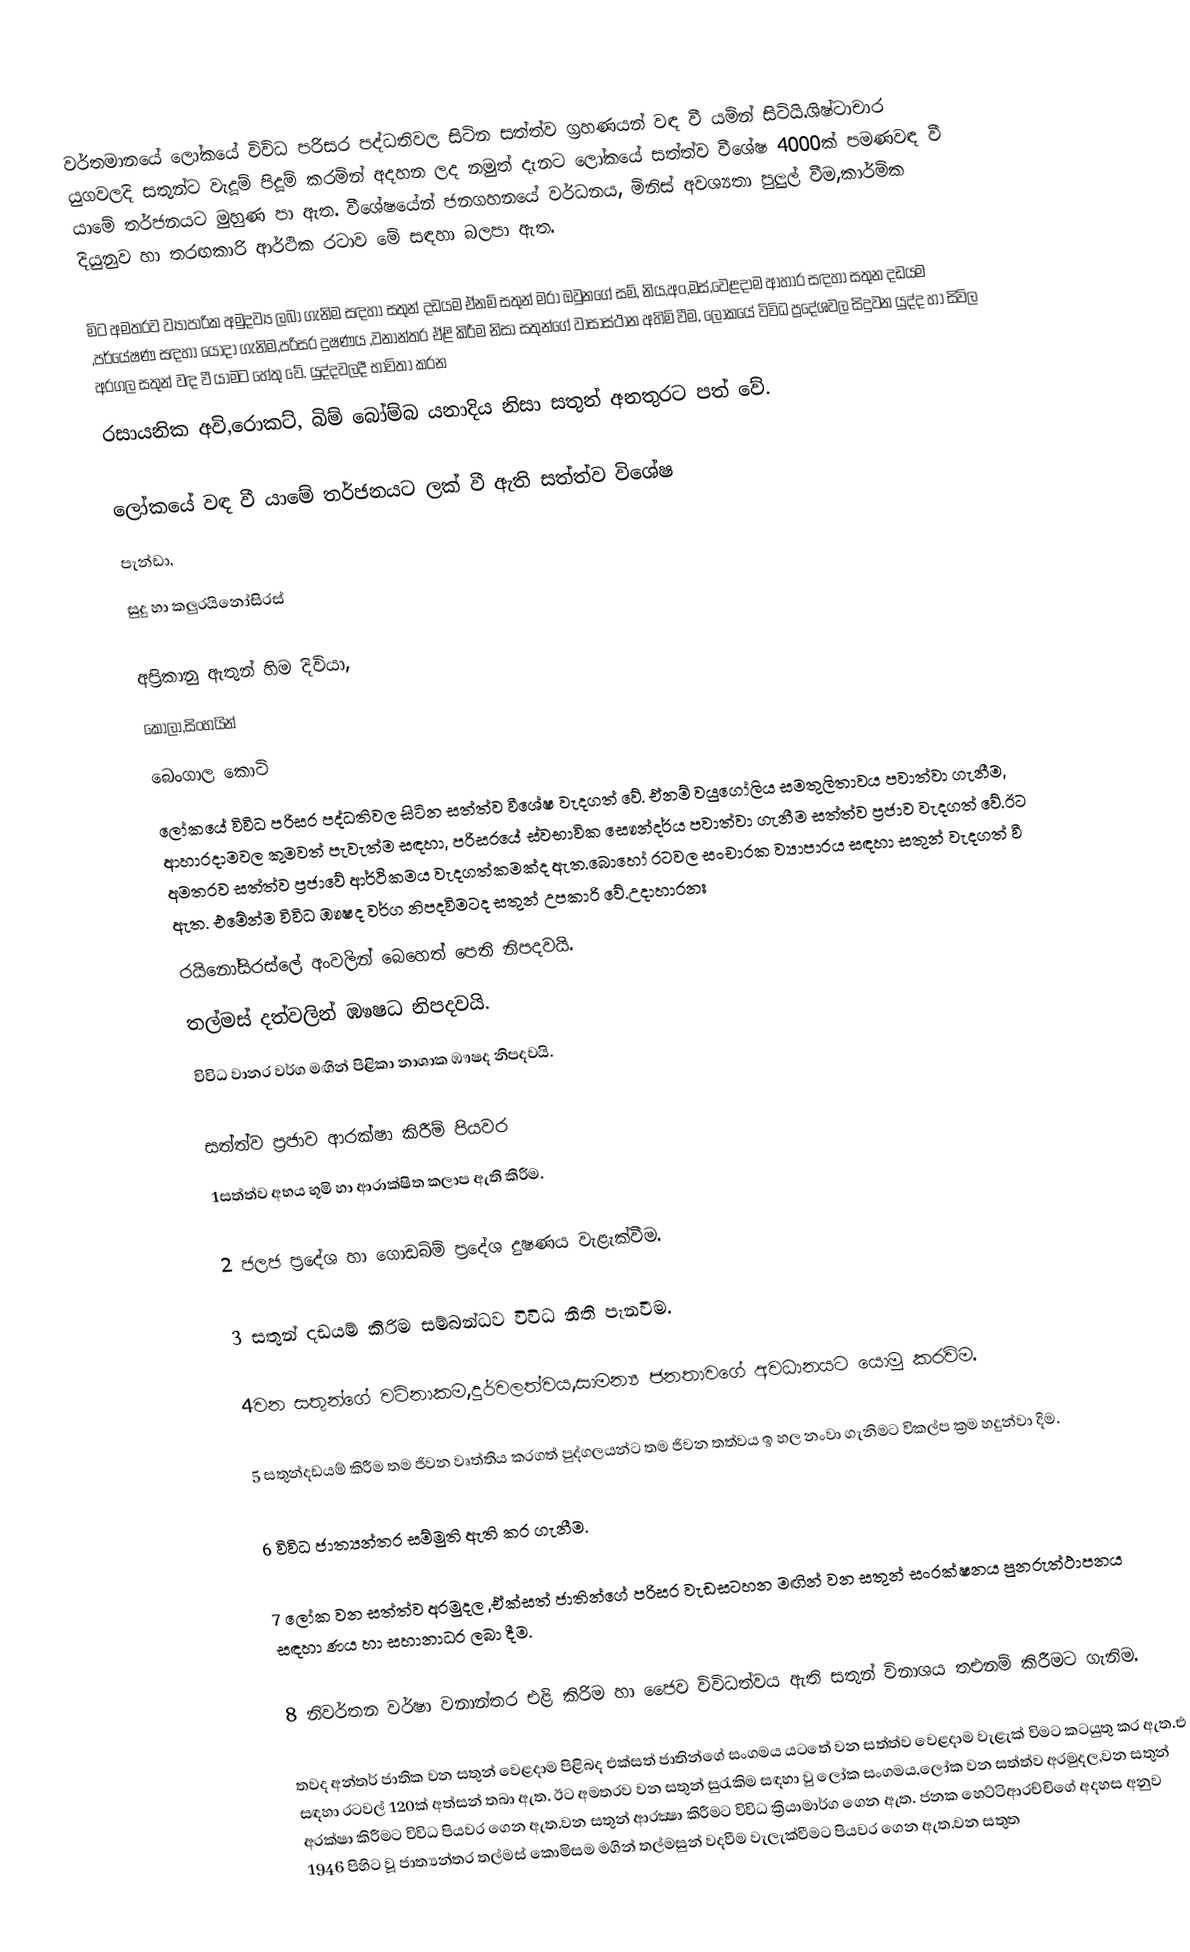
වර්තමානයේ   ලෝකයේ විවිධ පරිසර පද්ධතිවල සිටින සත්ත්ව ග්‍රහණයන් වඳ වී යමින් සිටියි.ශිෂ්ටාචාර යුගවලදි  සතුන්ට වැදූම් පිදූම් කරමින් අදහන ලද නමුත් දැනට ලෝකයේ සත්ත්ව වීශේෂ 4000ක් පමණවඳ වී යාමේ තර්ජනයට මුහුණ පා ඇත. වීශේෂයේන් ජනගහනයේ වර්ධනය, මිනිස් අවශ්‍යතා පුලුල් වීම,කාර්මික දියුනුව හා තරඟකාරි ආර්ථික රටාව මේ සඳහා බලපා ඇත.

මිට අමතරව ව්‍යාපාරික අමුදව්‍ය ලබා ගැනිම සඳහා සතුන් දඩයම ඒනම් සතුන් මරා ඔවුනගේ සම්, නිය,අං,මස්,වෙළදාම  ආහාර සඳහා සතුන දඩයම ,පර්යේෂණ සඳහා යොදා ගැනිම,පරිසර දුෂණය ,වනාන්තර ඒළි කිරීම නිසා සතුන්ගේ වාසාස්ථාන  අහිමි වීම, ලෝකයේ විවිධ ප්‍රදේශවල  සිදුවන යුද්ද හා සිවිල අරගල සතුන් වඳ වී යාමට හේතු වේ. යුද්දවලදී භාවිතා කරන
රසායනික අවි,රොකට්, බිම් බෝම්බ යනාදිය නිසා සතුන් අනතුරට පත් වේ.

ලෝකයේ වඳ වී යාමේ තර්ජනයට ලක් වී ඇති සත්ත්ව විශේෂ
 පැන්ඩා,
සුදු හා කලුරයිනෝසිරස්

අප්‍රිකානු ඇතුන් හිම දිවියා,
 කෝලා,සිංහයින්
බෙංගාල කොටි
ලෝකයේ විවිධ පරිසර පද්ධතිවල සිටින සත්ත්ව වීශේෂ වැදගත් වේ. ඒනම් වයුගෝලිය සමතුලිතාවය පවාත්වා ගැනීම,   ආහාරදාමවල කුමවත් පැවැත්ම  සඳහා, පරිසරයේ ස්වභාවික සෙෳන්දර්ය පවාත්වා ගැනීම  සත්ත්ව ප්‍රජාව වැදගත් වේ.ඊට අමතරව සත්ත්ව ප්‍රජාවේ ආර්ථිකමය  වැදගත්කමක්ද ඇත.බොහෝ රටවල සංචාරක ව්‍යාපාරය සඳහා සතුන් වැදගත් වී ඇත. එමේන්ම විවිධ ඹෳෂද වර්ග නිපදවිමටද  සතුන් උපකාරි වේ.උදාහාරනඃ
රයිනෝසිරස්ලේ අංවලින් බෙහෙත් පෙති නිපදවයි.
තල්මස් දත්වලින් ඹෳෂධ නිපදවයි.
විවිධ වානර වර්ග මඟින් පිළිකා නාශාක ඹෳෂද නිපදවයි.

සත්ත්ව ප්‍රජාව ආරක්ෂා  කිරීම් පියවර
1සත්ත්ව  අභය භූමි හා ආරාක්ෂිත කලාප ඇති කිරීම.

2 ජලජ ප්‍රදේශ හා ගොඩබ්ම් ප්‍රදේශ දුෂණය වැළැක්වීම.

3 සතුන් දඩයම් කිරිම සම්බන්ධව විවිධ නීති පැනවීම.

4වන සතුන්ගේ වටිනාකම,දුර්වලත්වය,සාමන්‍ය ජනතාවගේ අවධානයට යොමු කරවිම.

5 සතුන්දඩයම් කිරීම තම ජිවන වෘත්තිය කරගත් පුද්ගලයන්ට තම ජිවන තත්වය ඉ හල නංවා ගැනිමට විකල්ප  ක්‍රම  හදුන්වා දිම.

6 විවිධ ජාත්‍යන්තර  සම්මුති ඇති කර ගැනීම.

7 ලෝක වන සත්ත්ව අරමුදල ,ඒක්සත් ජාතින්ගේ පරිසර වැඩසටහන මඟින් වන සතුන්   සංරක්ෂනය      පුනරුත්ථාපනය සඳහා ණය හා සහානාධර ලබා දීම.

8 නිවර්තන වර්ෂා වනාන්තර එළි කිරිම හා‍ ජෛව විවිධත්වය ඇති සතුන් විනාශය තඑනම් කිරීමට  ගැනිම.

තවද අන්තර් ජාතික වන සතුන් වෙළදාම  පිළිබද එක්සත් ජාතින්ගේ සංගමය යටතේ වන සත්ත්ව  වෙළදාම වැළැක් විමට කටයුතු කර ඇත.එ සඳහා රටවල් 120ක් අත්සන් තබා ඇත. ඊට අමතරව වන සතුන් සුරැකිම සඳහා වු  ලෝක සංගමය,ලෝක වන සත්ත්ව අරමුදල,වන සතුන් අරක්ෂා කිරීමට විවිධ පියවර ගෙන ඇත.වන සතුන් ආරක්‍ෂා කිරීම‍ට විවිධ ක්‍රියාමාර්ග ‍ගෙන ඇත.  ජනක හෙට්ටිආරච්චිගේ අදහස අනුව 1946 පිහිට වූ ජාත්‍යන්තර තල්මස් කොමිසම මගින් තල්මසුන් වදවීම වැලැක්වීමට පියවර ගෙන ඇත.වන සතුත